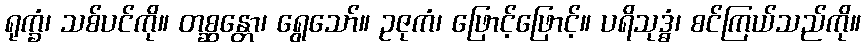
ရုက္ခံ၊ သစ်ပင်ကို။ တစ္ဆန္တော၊ ရွေသော်။ ဥဇုကံ၊ ဖြောင့်ဖြောင့်။ ပရိသုဒ္ဓံ၊ စင်ကြယ်သည်ကို။